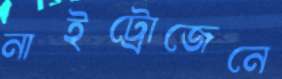
নাইট্রোজেনে